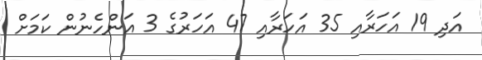
އަދި 19 އަހަރާއި 35 އަހަރާއި 47 އަހަރުގެ 3 އަންހެނުން ކަމަށް